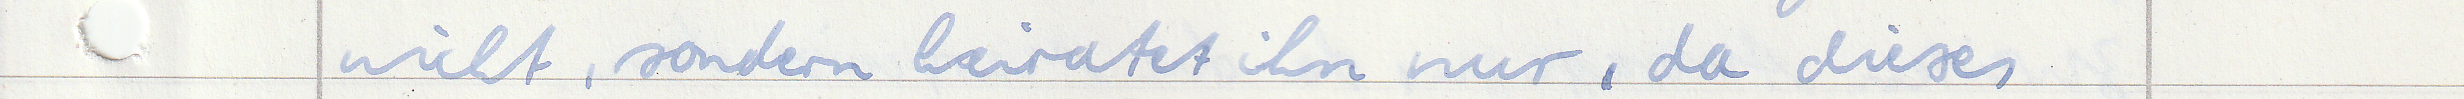
nicht, sondern heiratet ihn nur, da dieses